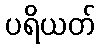
ပရိယတ်